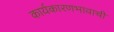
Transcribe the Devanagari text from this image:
कार्यकारणभावाची